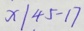
x \vert 4 5 - 1 7